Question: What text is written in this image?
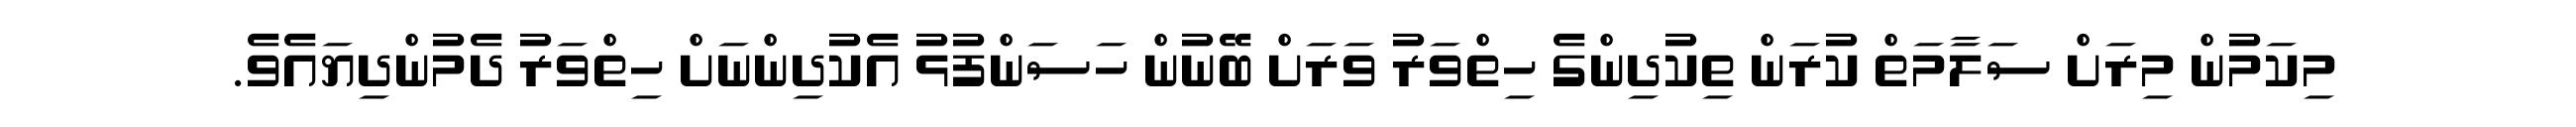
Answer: މިކަމުން މިރަށް ސަލާމަތް ކުރަން ތިކުދިންގެ ހިތްވަރު ވަރަށް ބޭނުން ހަސަންފުޅު އެކުދިންނަށް ހިތްވަރު ދެމުންދިޔައެވެ.